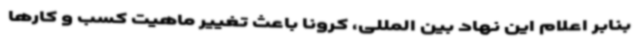
بنابر اعلام این نهاد بین المللی، کرونا باعث تغییر ماهیت کسب و کارها